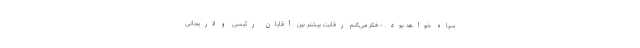
سپاه خواهد بود. - فکر می‌کنم رقابت بیشتر بین آقایان رئیسی و لاریجانی